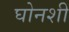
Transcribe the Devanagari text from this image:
घोनशी